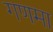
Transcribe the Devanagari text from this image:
गणमा